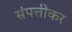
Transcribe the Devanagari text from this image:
संपत्तीकर